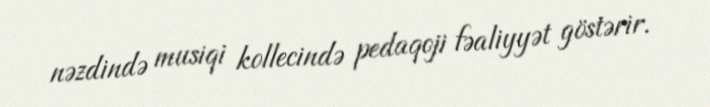
nəzdində musiqi kollecində pedaqoji fəaliyyət göstərir.